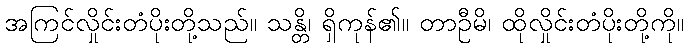
အကြင်လှိုင်းတံပိုးတို့သည်။ သန္တိ၊ ရှိကုန်၏။ တာဦမိ၊ ထိုလှိုင်းတံပိုးတို့ကို။